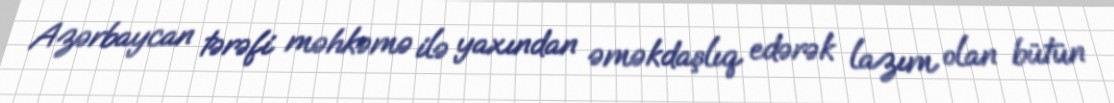
Azərbaycan tərəfi məhkəmə ilə yaxından əməkdaşlıq edərək lazım olan bütün